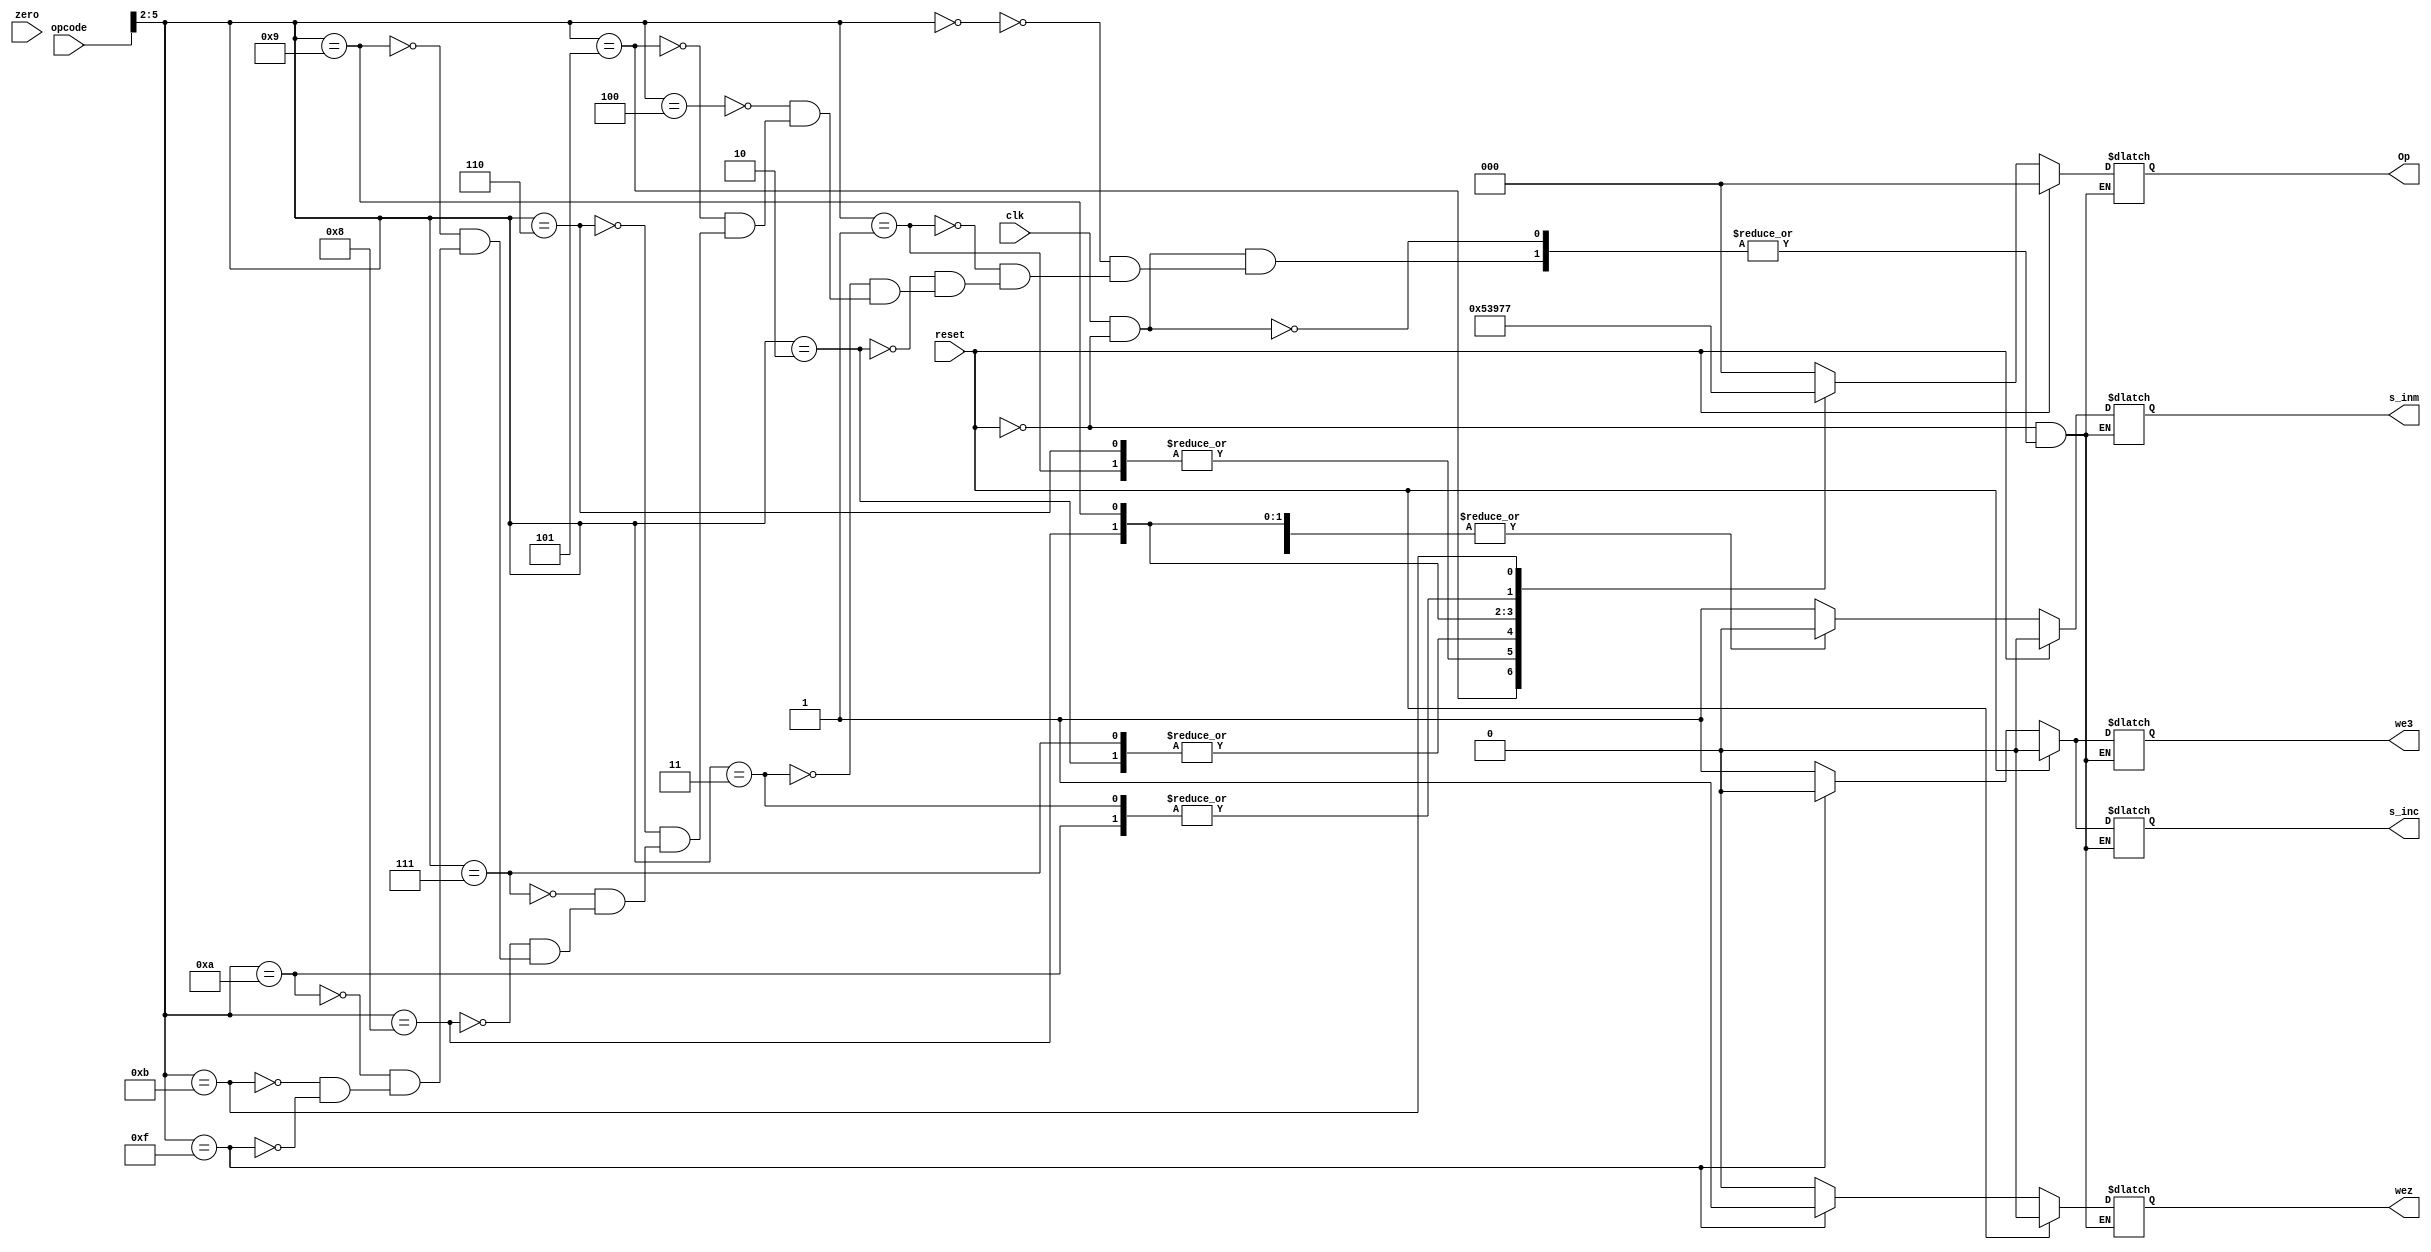
module unidad_control(output reg s_inc , s_inm, we3, output reg [2:0] Op, output reg wez, input wire[5 : 0]opcode, input wire clk, reset, zero);
  always @(*)
  begin
    if (clk == 1'b1 && reset == 1'b0) begin
      casex (opcode)
          6'b0000??: begin //LI
          s_inc <= 1'b1;
          s_inm <= 1'b1;
          Op <= 3'b000;
          we3 <= 1'b1;
          wez <= 1'b0;
          end
          6'b0001??: begin //ADI
          s_inc <= 1'b1;
          s_inm <= 1'b1;
          Op <= 3'b010;
          we3 <= 1'b1;
          wez <= 1'b0;
          end
          6'b0010??: begin//SBI
          s_inc <= 1'b1;
          s_inm <= 1'b1;
          Op <= 3'b011;
          we3 <= 1'b1;
          wez <= 1'b0;
          end
          6'b0011??:  begin //NAI
          s_inc <= 1'b1;
          s_inm <= 1'b1;
          Op <= 3'b110;
          we3 <= 1'b1;
          wez <= 1'b0;
          end
          6'b0100??: begin //B
          s_inc <= 1'b1;
          s_inm <= 1'b0;
          Op <= 3'b000;
          we3 <= 1'b1;
          wez <= 1'b0;
          end
          6'b0101??: begin //Not A
          s_inc <= 1'b1;
          s_inm <= 1'b0;
          Op <= 3'b001;
          we3 <= 1'b1;
          wez <= 1'b0;
          end
          6'b0110??: begin//a + b
          s_inc <= 1'b1;
          s_inm <= 1'b0;
          Op <= 3'b010;
          we3 <= 1'b1;
          wez <= 1'b0;
          end
          6'b0111??: begin// a - b
          s_inc <= 1'b1;
          s_inm <= 1'b0;
          Op <= 3'b011;
          we3 <= 1'b1;
          wez <= 1'b0;
          end
          6'b1000??: begin//a and b
          s_inc <= 1'b1;
          s_inm <= 1'b0;
          Op <= 3'b100;
          we3 <= 1'b1;
          wez <= 1'b0;
          end
          6'b1001??: begin// a or b
          s_inc <= 1'b1;
          s_inm <= 1'b0;
          Op <= 3'b101;
          we3 <= 1'b1;
          wez <= 1'b0;
          end
          6'b1010??: begin  // a NAND b
          s_inc <= 1'b1;
          s_inm <= 1'b0;
          Op <= 3'b110;
          we3 <= 1'b1;
          wez <= 1'b0;
          end
          6'b1011??: begin// A en c1
          s_inc <= 1'b1;
          s_inm <= 1'b0;
          Op <= 3'b111;
          we3 <= 1'b1;
          wez <= 1'b0;
          end
          6'b1111??: begin // saltos
          s_inc <= 1'b0;
          s_inm <= 1'b0;
          Op <= 3'b000;
          we3 <= 1'b0;
          wez <= 1'b1;
          end
      endcase      
    end
    if (reset == 1'b1) begin 
      s_inc <= 1'b0;
      s_inm <= 1'b0;
      Op <= 3'b000;
      we3 <= 1'b0;
      wez <= 1'b0;
    end
  end
endmodule